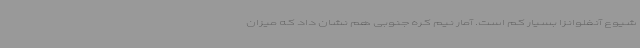
شیوع آنفلوانزا بسیار کم است. آمار نیم کره جنوبی هم نشان داد که میزان